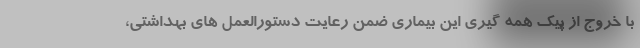
با خروج از پیک همه گیری این بیماری ضمن رعایت دستورالعمل های بهداشتی،